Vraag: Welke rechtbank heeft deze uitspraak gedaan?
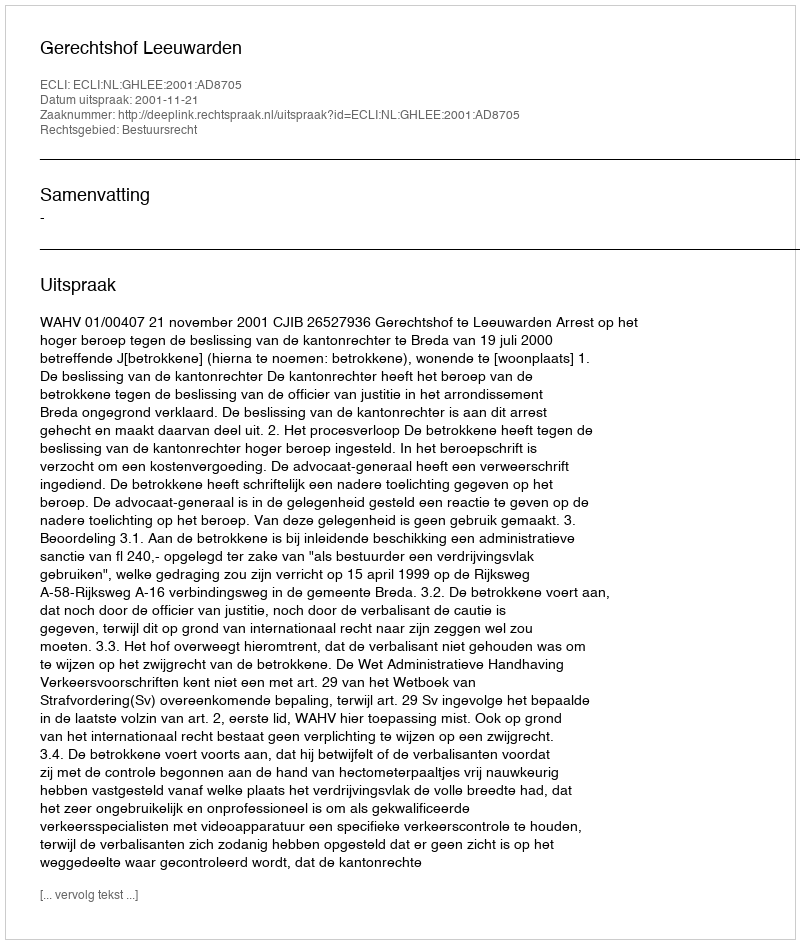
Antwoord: Gerechtshof Leeuwarden